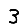
Digit: 3